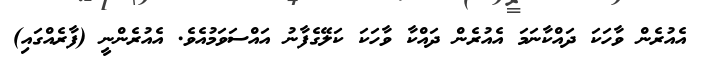
އެއުރެން ވާހަކަ ދައްކާނަމަ އެއުރެން ދައްކާ ވާހަކަ ކަލޭގެފާނު އައްސަވަމުއެވެ. އެއުރެންނީ (ފާރެއްގައި)